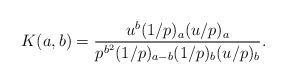
LaTeX: \begin{align*}K(a,b) = \frac{u^b (1/p)_a (u/p)_a}{p^{b^2} (1/p)_{a-b} (1/p)_b (u/p)_b} .\end{align*}